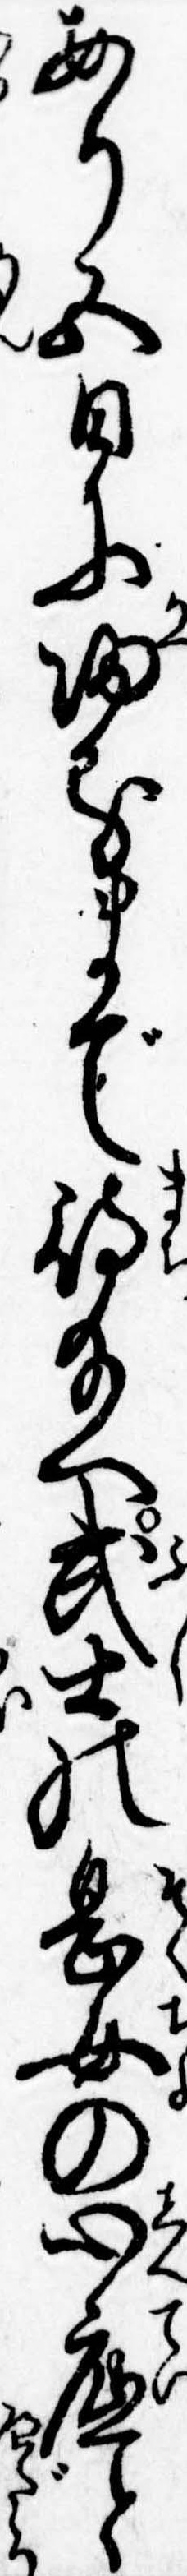
あり五日に帰るまで待給へ武士の息女の心底と